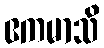
ဧကမာသိ